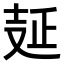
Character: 𠭐